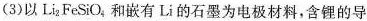
(3)以Li_{2}FeSiO_{4}和嵌有Li的石墨为电极材料，含锂的导